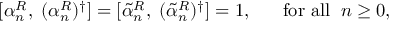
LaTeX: [ \alpha _ { n } ^ { R } , \; ( \alpha _ { n } ^ { R } ) ^ { \dag } ] = [ \tilde { \alpha } _ { n } ^ { R } , \; ( \tilde { \alpha } _ { n } ^ { R } ) ^ { \dag } ] = 1 , \; \; \; \; \; \; \mathrm { f o r ~ a l l } \; \; n \geq 0 ,